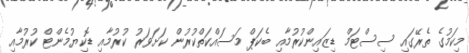
މިކަމުގެ ތެރޭގައި ސިސްޓަމް ޑިޒައިންކުރުމާއި ބެކަޕް މަސައްކަތްކުރުން ކަށަވަރު ކުރުމާއި ޑޮކިޔުމެންޓް ކުރުމާއި